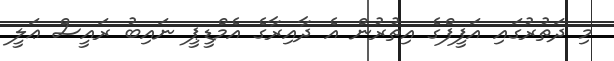
މި ދަތުރުގައި އަފީފްގެ އިތުރުން އެ ދާއިރާގެ އެމްޑީޕީ ނައިބު ރައީސް ޢަލީ